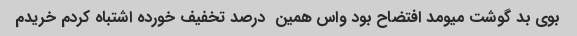
بوی بد گوشت میومد افتضاح بود واس همین  درصد تخفیف خورده اشتباه کردم خریدم